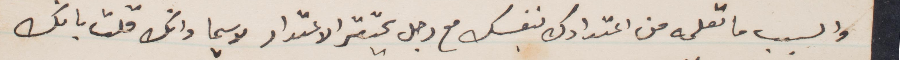
والسبب ما تعلمه من اعتدادك بنفسك مع رجل يحتقر الاعتداد لا سيما وانك قلت بانك